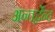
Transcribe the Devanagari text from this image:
अन्तर्द्वेन्द